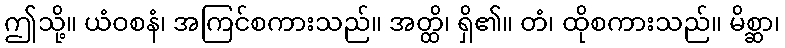
ဤသို့။ ယံဝစနံ၊ အကြင်စကားသည်။ အတ္ထိ၊ ရှိ၏။ တံ၊ ထိုစကားသည်။ မိစ္ဆာ၊